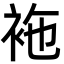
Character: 袘